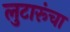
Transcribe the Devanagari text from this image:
लुटारूंचा